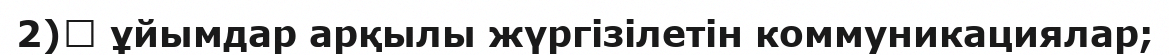
2)	 ұйымдар арқылы жүргізілетін коммуникациялар;